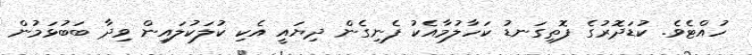
ހުއްޓެވެ. ކުޑަދޮރުގެ ފޮތިގަނޑު ކަހާލުމާއެކު ފެނިގެން ދިޔައީ އެކި ކުލަކުލައިން ވިދާ ބަބުޅަމުން